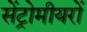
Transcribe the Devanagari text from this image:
सेंट्रोमीयरों